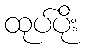
ထုပ်ပိုး